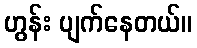
ဟွန်း ပျက်နေတယ်။